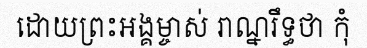
ដោយព្រះអង្គម្ចាស់ រាណ្នរឹទ្ធថា កុំ